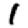
Digit: 1